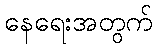
နေရေးအတွက်